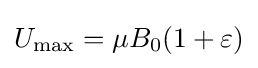
U_{\max }=\mu B_{0}(1+\varepsilon )